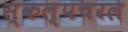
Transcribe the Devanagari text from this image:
स्‍कल्‍पचरल